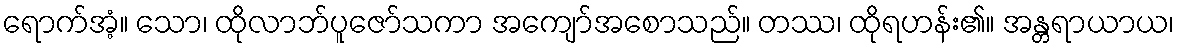
ရောက်အံ့။ သော၊ ထိုလာဘ်ပူဇော်သကာ အကျော်အစောသည်။ တဿ၊ ထိုရဟန်း၏။ အန္တရာယာယ၊